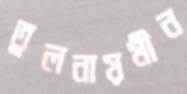
তুলনায়মীন